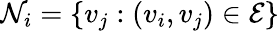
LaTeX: \mathcal{N}_{i}=\{ v_{j}:(v_{i},v_{j})\in\mathcal{E}\}